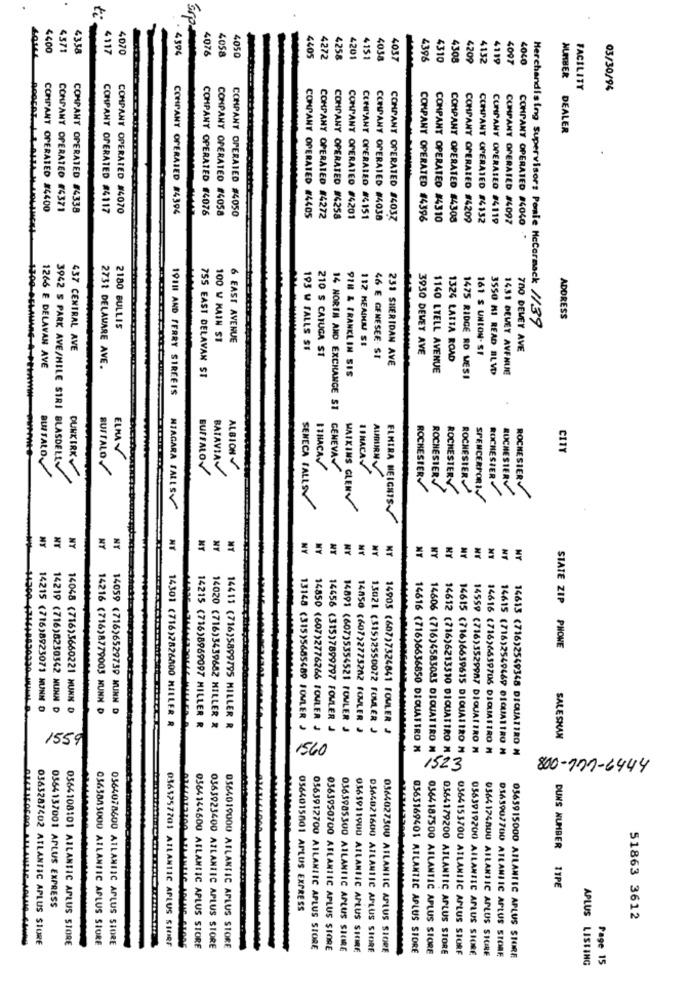
srp-
4400
4571
43.58
4117
4070
4594
4076
4058
427
40SO
4258
4201
4151
4038
4037
4396
4310
4308
420
4132
411
4097
FACILITY
03/30/94
NUMBER DEALER
COMPANY OPERATED #4400
COMPANY OPERATED (4371
COMPANY OPERATED #4338
COMPANY OPERATED #4117
COMPANY OPERATED #4070
COMPANY OPERATED #4394
COMPANY OPERATED #4076
COMPANY OPERATED #4058
COMPANY OPERATED #4050
COMPANY OPERATED #4405
COMPANY OPERATED #4272
COMPANY OPERATED #4258
COMPANY OPERATED #4201
CCHIANT OPERATED #4151
COMPANY OPERATED #4038
COMPANY OPERATED 84037
COMPANY OPERATED #4396
COMPANY OPERATED #4310
COMPANY OPERATED #4308
COMPANY OPERATED #4209
COMPANY OPERATED #4132
COMPANY OPERATED #4119
COMPANY OPERATED #4097
COMPANY OPERATED #4040
ADDRESS
2180 BULLIS
Merchandising Supervisors Ponie Mccormack 1/39
100 W MAIN ST
6 EAST AVENUE
437 CENTRAL AVE
195 W FALLS SE
112 HEADU SE
3930 DEWEY AVE
161 S UNION- SF
700 DEVEY AVE
210 S CATUGA ST
46 E GENESEE SI
231 SHERIDAN AVE
1324 LATTA ROAD
1266 E DELAVAN AVE
2731 DELAWARE AVE.
91H & FRANKLIN SIS
1140 LTELL AVENUE
35SO MI READ BLVD
1431 DEVET AVENUE
755 EAST DELAVAN ST
1475 RIDGE RO MESI
19111 AND FERRY SIREEIS
14 NORTH AND EXCHANGE ST
CITY
3942 S PARK AVE/HILE SIRI BLASDELLO
DUNKIRK
BUFFALO
BUFFALO/
BATAVIA
ALBION
ITHACA/
GENEVA
I INCA
ALPURN
-
ROCHESTER
ROCHESTER
ROCHESTER
ROCHESTER
ROCHESTER
ROCHESTER
SPENCERPORT
ROCHESTER
NIAGARA FALLS
SENECA FALLS
WATKINS GLENV
ELMIRA MEICHIS
AN
NY
NY
NY
NY
NT
NY
NY
NY
NY
KY
NT
NY
NY
MY
NT
SIATE ZIP PHONE
14059 (716)6529739 MUNN
14215 (716)8923071 HUNN 0
14219 (716)8230342 NUHN D
14048 (716)3660221 HUNN 0
14216 (716)8779005 NUNN D
14301 (716)2826800 HILLER R
13148 (315)5685489 FOWLER
14850 (607)2776266 FOWLER
14656 (315)7899797 FOWLER
14891 (607)5354521 FOWLER
14050 (607>2775262 FOWLER
14215 (716)8969097 MILLER R
14020 (716)3439682 MILLER &
14413 (716)5899795 MILLER R
1302L (315)2550072 FOWLER J
14905 (607)7324841 FOWLER J
1559
SALESHAN
1560
14616 (716)6636850 DIQUATTRO M
14559 (716)3529987 DIQUATTRO N
14616 (716)6659706 DIQUATTRO M
14615 (716)2549469 DIQUATTRO N
14613 (716)2569348 DIQUATTRO N
14606 (716)4583083 DIQUATTRO M
14612 (716)6213510 DIQUATTRO MAN
14615 (716)6659615 DIQUAIIRO M ()
800-777-6444
DUNS NUMBER
11PE
0364137001 APLUS EXPRESS
0564015001 APLUS EXPRESS
51863 3612
0363287402 ATLANTIC APLUS SIURE
0364108101 ATLANTIC APLUS STORE
0565885000 ATLANTIC APLUS SIURE
0364078600 ATLANTIC APLUS SHORE
0365257701 ATLANTIC APLUS SIORF
0364144600 ABLANIIC APLUS STORE
0363923400 ATLANTIC APLUS STORE
0564019000 ATLANTIC APLUS STORE
0563912700 AILANIIC APLUS STORE
0363950700 ATLANTIC APLUS STORE
0363985300 ATLANTIC APLUS SICIRE
0565911900 ATLANTIC APLUS SHIRE
DS64021600 ATLANTIC APLUS SIORE
0364027500 ATLANTIC APLUS SIORE
0363169401 ATLANTIC APLUS STORE
0364187500 ATLANTIC APLUS STORE
0364179200 ATLANTIC APLUS STORE
0364153700 ATLANTIC APLUS STORF
0563919200 AILANTIC APLUS SHORE
0364 1748UU ATLANTIC APLUS SICIRE
D163907700 ATLANTIC APLUS STORE
0565915000 ATLANTIC APLUS SHORE
APLUS LISTING
Page 15